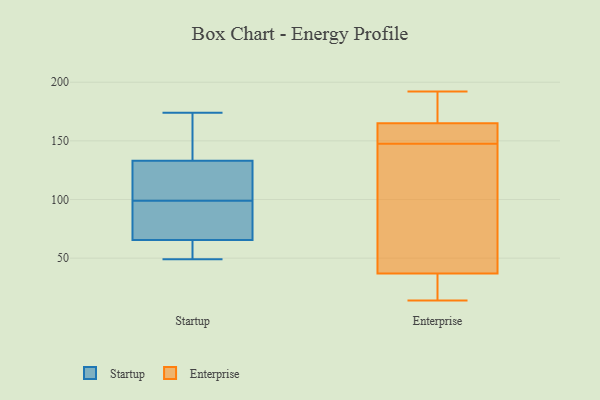
{"axis": {"x": "Website Visitors", "y": "Value"}, "legend": ["Enterprise", "Startup"], "data": [{"x": "", "y": 49, "type": "Startup"}, {"x": "", "y": 126, "type": "Startup"}, {"x": "", "y": 64, "type": "Startup"}, {"x": "", "y": 174, "type": "Startup"}, {"x": "", "y": 154, "type": "Startup"}, {"x": "", "y": 67, "type": "Startup"}, {"x": "", "y": 132, "type": "Startup"}, {"x": "", "y": 67, "type": "Startup"}, {"x": "", "y": 99, "type": "Startup"}, {"x": "", "y": 99, "type": "Startup"}, {"x": "", "y": 60, "type": "Startup"}, {"x": "", "y": 134, "type": "Startup"}, {"x": "", "y": 143, "type": "Enterprise"}, {"x": "", "y": 14, "type": "Enterprise"}, {"x": "", "y": 165, "type": "Enterprise"}, {"x": "", "y": 169, "type": "Enterprise"}, {"x": "", "y": 121, "type": "Enterprise"}, {"x": "", "y": 175, "type": "Enterprise"}, {"x": "", "y": 51, "type": "Enterprise"}, {"x": "", "y": 37, "type": "Enterprise"}, {"x": "", "y": 159, "type": "Enterprise"}, {"x": "", "y": 163, "type": "Enterprise"}, {"x": "", "y": 152, "type": "Enterprise"}, {"x": "", "y": 16, "type": "Enterprise"}, {"x": "", "y": 18, "type": "Enterprise"}, {"x": "", "y": 192, "type": "Enterprise"}]}